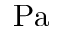
\mathrm { P a }